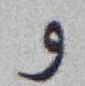
و